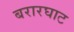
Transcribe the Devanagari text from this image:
बरारघाट